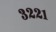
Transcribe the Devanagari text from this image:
३२२१